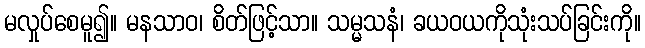
မလှုပ်စေမူ၍။ မနသာဝ၊ စိတ်ဖြင့်သာ။ သမ္မသနံ၊ ခယဝယကိုသုံးသပ်ခြင်းကို။